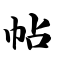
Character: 帖